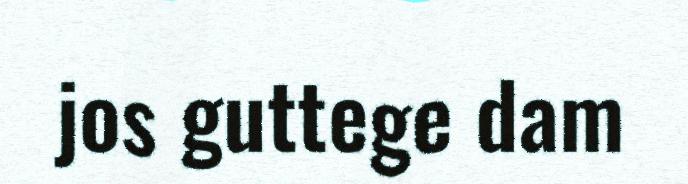
jos guttege dam